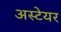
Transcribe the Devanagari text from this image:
अस्टेयर